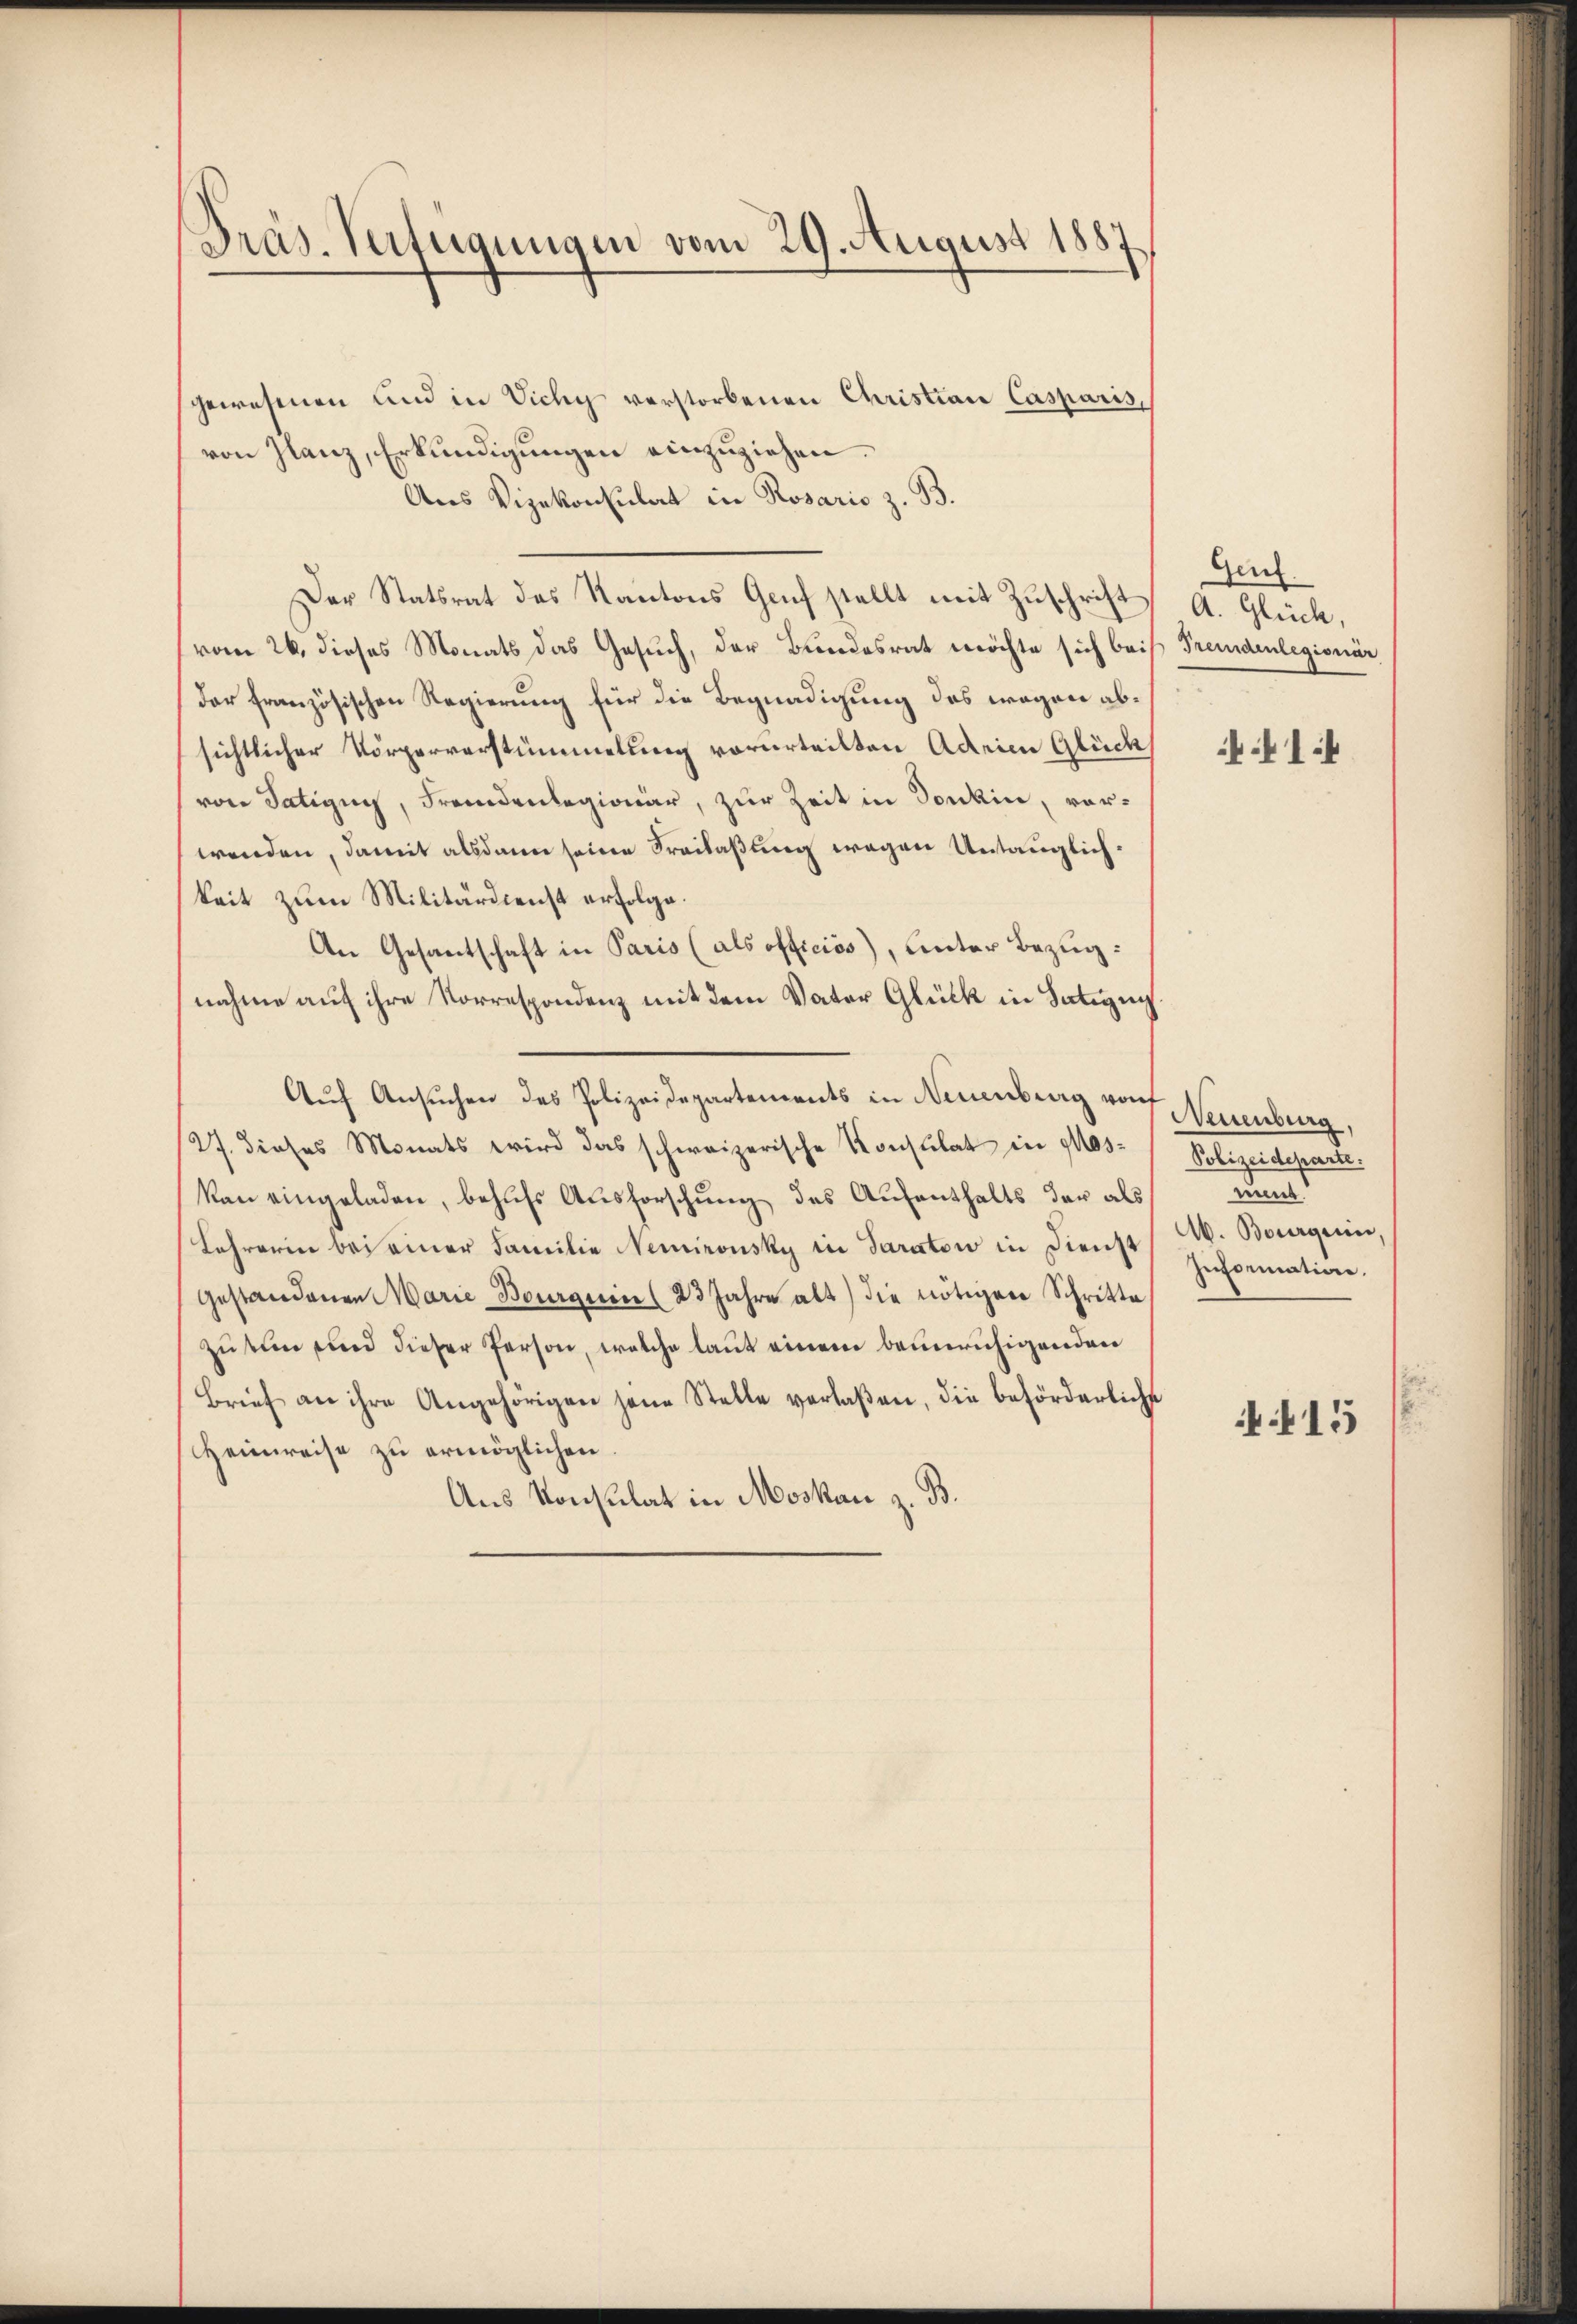
Präs. Verfügungen vom 29. August 1887

gewesenen und in Vichy verstorbenen Christian Casparis,
von Glanz, Erkundigungen einzuziehen.
Aus Vizekonsulat in Rosaris z. B.
Der Statsrat des Kantons Genf stellt mit Zuschrift A. Glück,
(vom 26. dieses Monats das Gesuch, der Bundesrat möchte sich bei Fremdenlegionär
der französischen Regierung für die Begnadigung des wegen absichtlicher Körperverstümmelung vorurteilten Adrien Glück
von Satigny, Fremdenlegionar, zur Zeit in Sonkin, vorwenden, damit alsdann seine Freilaßung wegen Untauglichkeit zum Militärdienst erfolge.
An Gesantschaft in Paris (als officios), unter Bezug:
nahme auf ihre Korrespondenz mit dem Vater Glück in Sating
Auf Ansuchen des Polizeidepartements in Neuenburg von Neuenburg,
27. dieses Monats wird das schweizerische Konstitat in Mos- Polizeideparte.
kan eingeladen, behufs Ausforschung des Aufenthalts der als
Lehrerin bei einer Familie Nemironsky in Saratow in Dienst A. Bourgerin,
gestandenen Marie Bourquic (23 Jahre alt) die nötigen Schritte
zu tun und dieser Person, welche laut einem beunruhigenden
Brief an ihre Angehörigen jene Stelle verlaßen, die beförderliche
Heimreise zu ermöglichen.
Aus Konsulat in Moskau z. B.

Gauf.

1

u
Information.
415